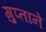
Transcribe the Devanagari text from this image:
गुप्ताने